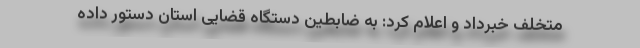
متخلف خبرداد و اعلام کرد: به ضابطین دستگاه قضایی استان دستور داده